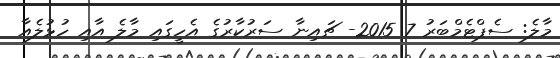
މާލެ: ސެޕްޓެމްބަރު 7 2015- ޗައިނާ ސަރުކާރުގެ އެހީގައި މާލެ އާއި ހުޅުލެއާ